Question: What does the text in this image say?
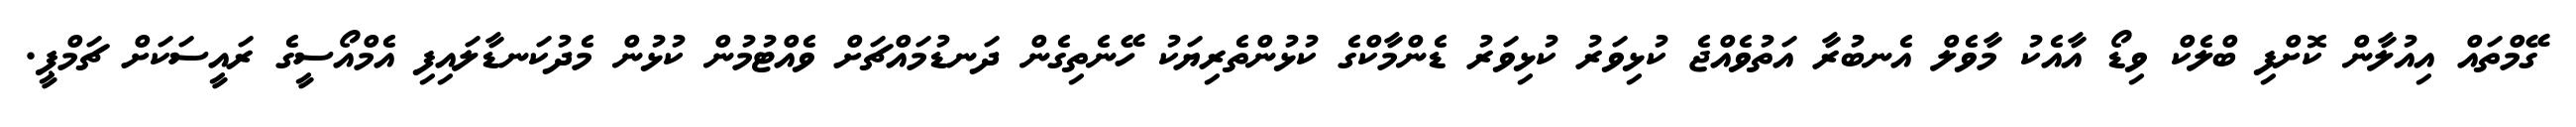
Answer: ގޭމްތައް އިއުލާން ކޮށްފި ބްލެކް ވިޑޯ އާއެކު މާވެލް އެނބުރާ އަތުވެއްޖެ ކުޅިވަރު ކުޅިވަރު ޑެންމާކްގެ ކުޅުންތެރިޔަކު ހޭނެތިގެން ދަނޑުމައްޗަށް ވެއްޓުމުން ކުޅުން މެދުކަނޑާލައިފި އެމްއޯސީގެ ރައީސަކަށް ޗަމްޕީ.